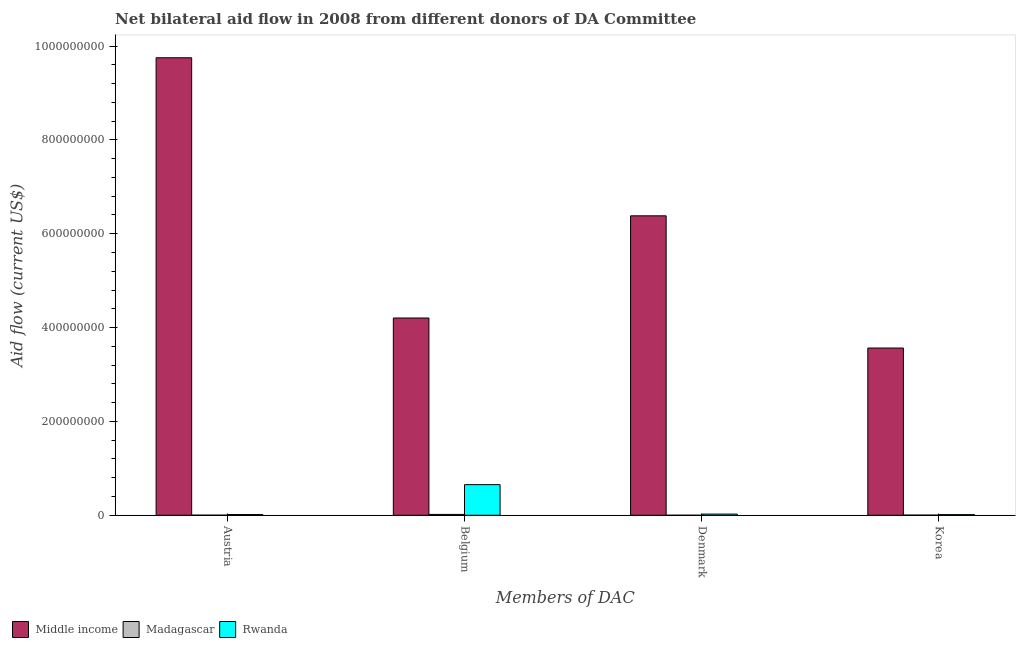
| Members of DAC | Middle income | Madagascar | Rwanda |
 | --- | --- | --- | --- |
 | Austria | 9.75e+08 | 1.7e+05 | 1.55e+06 |
 | Belgium | 4.2e+08 | 1.77e+06 | 6.52e+07 |
 | Denmark | 6.38e+08 | 1e+04 | 2.46e+06 |
 | Korea | 3.56e+08 | 3.1e+05 | 1.35e+06 |